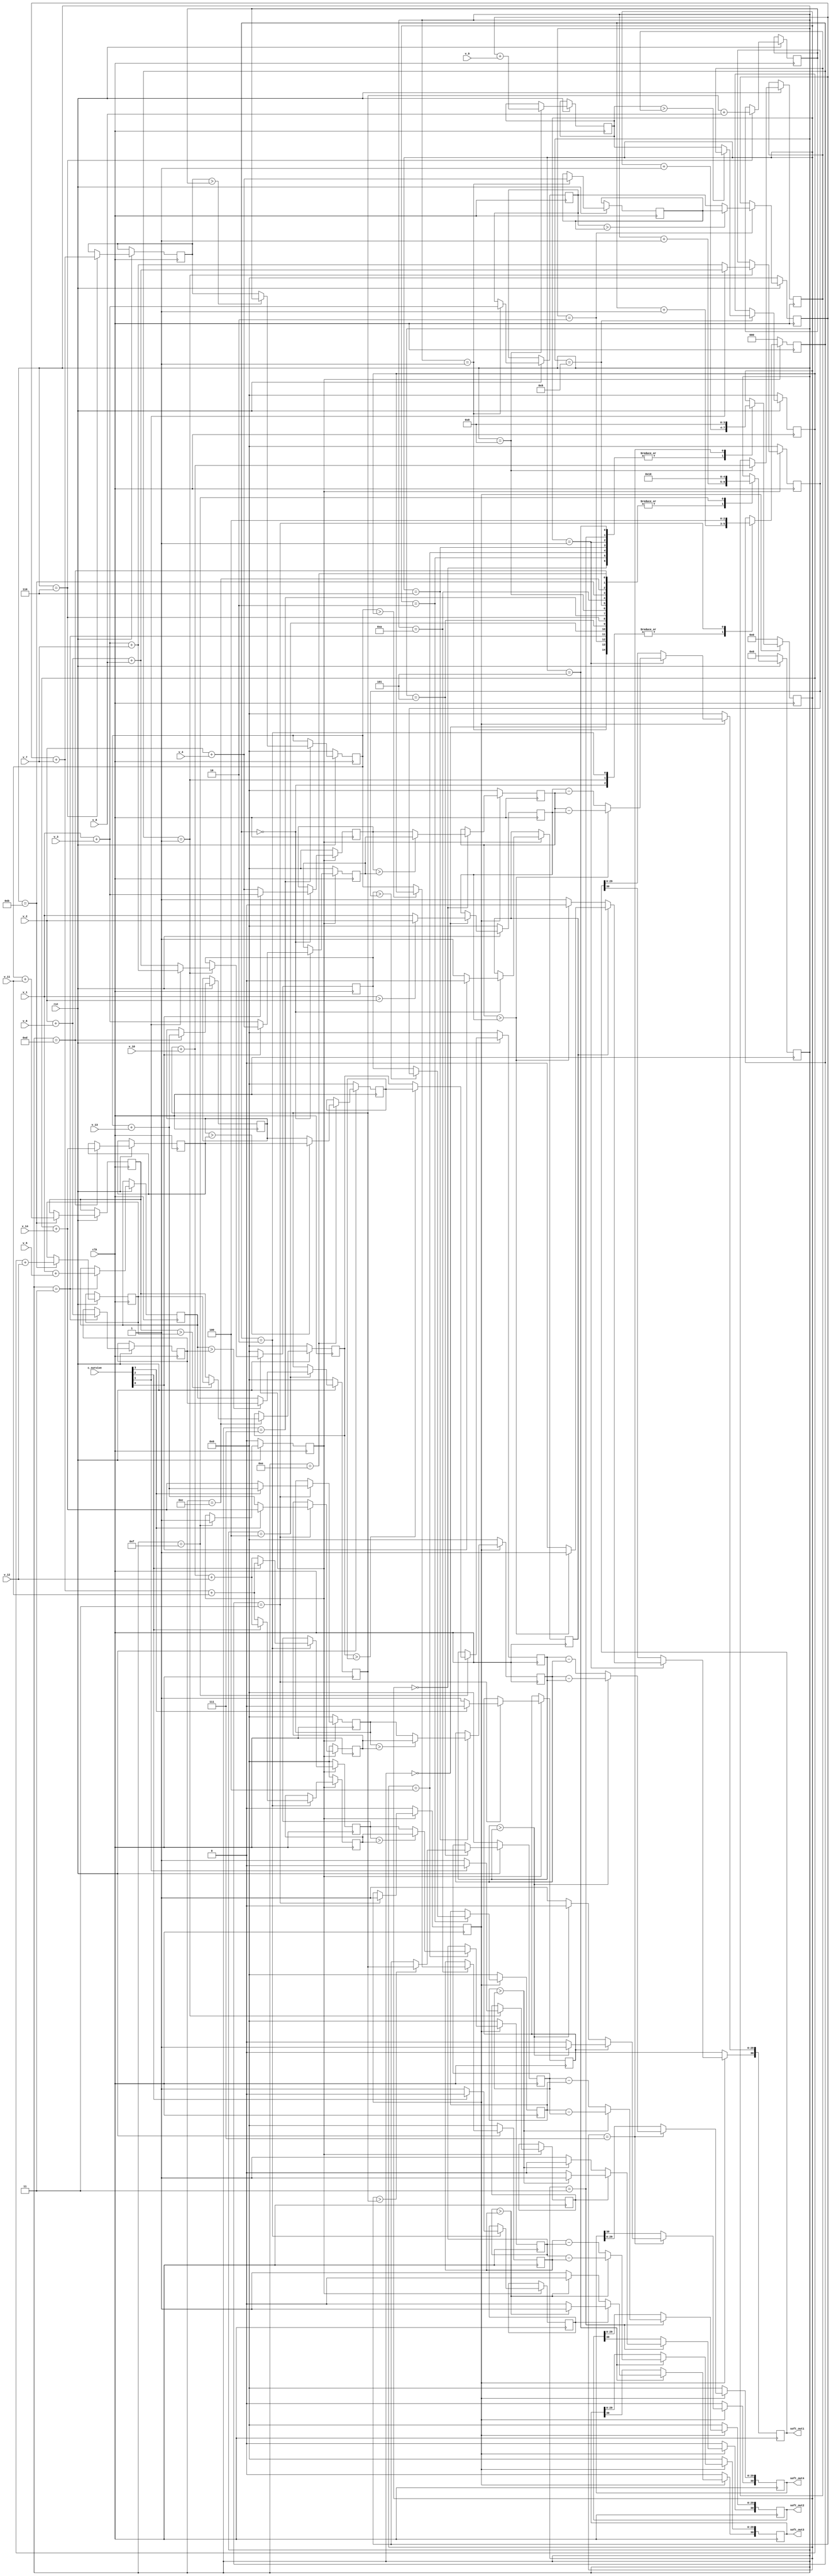
`timescale 1ns / 1ps


module soft_out(
   input clk,
	input rst,
	input[3:0] c_survive,
	input[29:0] v_1, 
	input[29:0] v_2, 
	input[29:0] v_3, 
	input[29:0] v_4, 
	input[29:0] v_5, 
	input[29:0] v_6, 
	input[29:0] v_7, 
	input[29:0] v_8, 
	input[29:0] v_9, 
	input[29:0] v_10, 
	input[29:0] v_11, 
	input[29:0] v_12, 
	input[29:0] v_13, 
	input[29:0] v_14,
	output[30:0] soft_out1,
	output[30:0] soft_out2,
	output[30:0] soft_out3,
	output[30:0] soft_out4
    );
reg[29:0] t2_0;                          //20
reg[29:0] t2_1;
reg[29:0] t3_0;
reg[29:0] t3_1;
reg[29:0] t4_0;
reg[29:0] t4_1;
reg[29:0] t1_compete1;                   //1t0
reg[29:0] t1_compete2;                   //2t1
reg[29:0] t2_compete1;
reg[29:0] t2_compete2;
reg[29:0] t3_compete1;
reg[29:0] t3_compete2;
reg[29:0] t4_compete1;
reg[29:0] t4_compete2;
reg[29:0] u10;                            //t1
reg[29:0] u11;                            //t1
reg[29:0] u20;
reg[29:0] u21;
reg[29:0] u30;
reg[29:0] u31;
reg[29:0] u40;
reg[29:0] u41;
reg[29:0] t2_t1;
reg[29:0] t2_t2;
reg[29:0] t2_t3;
reg[29:0] t2_t4;
reg[29:0] t3_t1;
reg[29:0] t3_t2;
reg[29:0] t3_t3;
reg[29:0] t3_t4;
reg[29:0] t4_t1;
reg[29:0] t4_t2;
reg[29:0] t4_t3;
reg[29:0] t4_t4;

reg[4:0] cnt_r;
reg[2:0] cnt_lu;
reg[3:0] cnt_soft;
reg ready;
reg mr;
reg m_compete1;                   //
reg m_compete2; 
reg m_compete3; 
reg m_compete4; 

reg[30:0] soft1;
reg[30:0] soft2;
reg[30:0] soft3;
reg[30:0] soft4;
assign soft_out1 = soft1;
assign soft_out2 = soft2;
assign soft_out3 = soft3;
assign soft_out4 = soft4;

//-----------------------------
always @(posedge clk)
begin
 if(!rst)
  begin
   t2_0<=0;
   t2_1<=0;
   t3_0<=0;
   t3_1<=0;
   t4_0<=0;
   t4_1<=0;
	u11<=0;
	u21<=0;
	u31<=0;
	u41<=0;
	cnt_r<=0;
	ready<=0;
  end
 else
  begin
	case(cnt_r)
	 0: begin
	     if(v_1>v_2)
		   begin
			 u11<=v_2;
			end
		  else
		   begin
			 u11<=v_1;
			end
			cnt_r<=cnt_r+1;
		end
	1: begin                  //t20
	     t2_t1<=v_1+v_3;
		  t2_t2<=v_2+v_4;
		  cnt_r<=cnt_r+1;
		end
	2: begin
	    if(t2_t1>t2_t2)
		   begin
			 t2_0<=t2_t2;
			end
		  else
		   begin
			 t2_0<=t2_t1;
			end
			cnt_r<=cnt_r+1;
		end
	3: begin               //t21
	    t2_t3<=v_1+v_5;
		 t2_t4<=v_2+v_6;
		 cnt_r<=cnt_r+1;
		end
	4: begin
	    if(t2_t3>t2_t4)
		  begin
		   t2_1<=t2_t4;
		  end
		 else
		  begin
		   t2_1<=t2_t3;
		  end
		  cnt_r<=cnt_r+1;
		end
	5: begin              //t2
	    if(t2_0>t2_1)
		  begin
		   u21<=t2_1;
		  end
		 else
		  begin
		   u21<=t2_0;
		  end
		  cnt_r<=cnt_r+1;
	   end
	6: begin                //t30,t2
	    t3_t1<=t2_0+v_7;
		 t3_t2<=t2_1+v_8;
		 cnt_r<=cnt_r+1;
		end
	7: begin
	    if(t3_t1>t3_t2)
		  begin
		   t3_0<=t3_t2;
		  end
		 else
		  begin
		   t3_0<=t3_t1;
		  end
		  cnt_r<=cnt_r+1;
		end
	8: begin                //t31
	    t3_t3<=t2_0+v_9;
		 t3_t4<=t2_1+v_10;
		 cnt_r<=cnt_r+1;
		end
	9: begin
	     if(t3_t3>t3_t4)
		  begin
		   t3_1<=t3_t4;
		  end
		 else
		  begin
		   t3_1<=t3_t3;
		  end
		  cnt_r<=cnt_r+1;
		end
  10: begin                    //t3
	    if(t3_0>t3_1)
		  begin
		   u31<=t3_1;
		  end
		 else
		  begin
		   u31<=t3_0;
		  end
		  cnt_r<=cnt_r+1;
		end
  11: begin
	    t4_t1<=t3_0+v_11;
	    t4_t2<=t3_1+v_12;
		 cnt_r<=cnt_r+1;
		end
  12: begin
       if(t4_t1>t4_t2)
		  begin
		   t4_0<=t4_t2;
		  end
		 else
		  begin
		   t4_0<=t4_t1;
		  end
		  cnt_r<=cnt_r+1;
		end
  13: begin
	    t4_t3<=t3_0+v_13;
	    t4_t4<=t3_1+v_14;
		 cnt_r<=cnt_r+1;
		end
  14: begin
       if(t4_t3>t4_t4)
		  begin
		   t4_1<=t4_t4;
		  end
		 else
		  begin
		   t4_1<=t4_t3;
		  end
		  cnt_r<=cnt_r+1;
		end
	15: begin
	    if(t4_0>t4_1)
		  begin
		   u41<=t4_1;
			ready<=1;
		  end
		 else
		  begin
		   u41<=t4_0;
			ready<=1;
		  end
		  cnt_r<=16;
	   end
	endcase
  end
end

//-----------------------------
always @(posedge clk)
begin
 if(!ready)
  begin
   cnt_lu<=0;
	t1_compete1<=0;
	t1_compete2<=0;
	t2_compete1<=0;
	t2_compete2<=0;
	t3_compete1<=0;
	t3_compete2<=0;
	t4_compete1<=0;
	t4_compete2<=0;
	mr<=0;
  end
 else
  begin
	case(cnt_lu)
	 0: begin
	     if(c_survive[0]==1)             //t=11 
		   begin
		    m_compete1<=0;                   //0
			 t1_compete1<=v_1+v_3;
			 t1_compete2<=v_2+v_4;
			end
		  else
		   begin                          //t=10
			 m_compete1<=1;                  //1
			 t1_compete1<=v_2+v_4;
			 t1_compete2<=v_1+v_3;
			end
			cnt_lu<=cnt_lu+1;
		end
	1: begin
	    if(c_survive[1]==1)
		  begin
		   m_compete2<=0;
			t2_compete1<=v_1+v_3+v_7;
			t2_compete2<=v_2+v_6+v_8;
		  end
		 else
		  begin
		   m_compete2<=1;
			t2_compete1<=v_2+v_6+v_8;
			t2_compete2<=v_1+v_3+v_7;
		  end
		  cnt_lu<=cnt_lu+1;
		end
	2: begin
	    if(c_survive[2]==1)
		  begin
		   m_compete3<=0;
			t3_compete1<=t2_0+v_7+v_11;
			t3_compete2<=t2_1+v_10+v_12;
		  end
		 else
		  begin
		   m_compete3<=1;
			t3_compete1<=t2_1+v_10+v_12;
			t3_compete2<=t2_0+v_7+v_11;
		  end
		  cnt_lu<=cnt_lu+1;
		end
	3: begin
	    if(c_survive[3]==1)
		  begin
		   m_compete4<=0;
			t4_compete1<=t3_0+v_13;
			t4_compete2<=t3_1+v_14;
			mr<=1;
		  end
		 else
		  begin
		   m_compete4<=1;
			t4_compete1<=t3_1+v_14;
			t4_compete2<=t3_0+v_13;
			mr<=1;
		  end
		  cnt_lu<=4;
		end
	endcase
  end
end
//----------------------
always @(posedge clk)
 begin
  if(!mr)
   begin
	 cnt_soft<=0;
	 u10<=0;
	 u20<=0;
	 u30<=0;
	 u40<=0;
	 soft1<=0;
	 soft2<=0;
	 soft3<=0;
	 soft4<=0;
	end
  else
   begin
	case(cnt_soft)
	0: begin
	    if(t1_compete1>t1_compete2)   //
	     begin
	      u10<=t1_compete2;
		  end
		 else
		  begin
		   u10<=t1_compete1;
		  end
		  cnt_soft<=cnt_soft+1;
		end
	1: begin
	     if(m_compete1==0)              //01
		   begin
			 if(u10>u11)
			   begin
				 soft1[30]<=0;              //3010
		       soft1[29:0]<=u10-u11;
				end
			  else
			   begin
				soft1[30]<=1;
				soft1[29:0]<=u11-u10;       //
			   end
	      end
		  else
		   begin
			 if(u10>u11)
			   begin
				 soft1[30]<=1;
		       soft1[29:0]<=u10-u11;
				end
			  else
			   begin
				soft1[30]<=0;
				soft1[29:0]<=u11-u10;
			   end
			end
		  cnt_soft<=cnt_soft+1;
		end
	2: begin
	    if(t2_compete1>t2_compete2)
		  begin
		   u20<=t2_compete2;
		  end
		 else
		  begin
		   u20<=t2_compete1;
		  end
		 cnt_soft<=cnt_soft+1;
		end
	3: begin
	    if(m_compete2==0)
		  begin
		   if(u20>u21)
			   begin
				 soft2[30]<=0;
		       soft2[29:0]<=u20-u21;
				end
			  else
			   begin
				soft2[30]<=1;
				soft2[29:0]<=u21-u20;
			   end
		  end
		 else
		  begin
		   if(u20>u21)
			   begin
				 soft2[30]<=1;
		       soft2[29:0]<=u20-u21;
				end
			  else
			   begin
				soft2[30]<=0;
				soft2[29:0]<=u21-u20;
			   end
		  end
		  cnt_soft<=cnt_soft+1;
		end
	4: begin
	    if(t3_compete1>t3_compete2)
		  begin
		   u30<=t3_compete2;
		  end
		 else
		  begin
		   u30<=t3_compete1;
		  end
		  cnt_soft<=cnt_soft+1;
		end
	5: begin
	    if(m_compete3==0)
		  begin
		   if(u30>u31)
			   begin
				 soft3[30]<=0;
		       soft3[29:0]<=u30-u31;
				end
			  else
			   begin
				soft3[30]<=1;
				soft3[29:0]<=u31-u30;
			   end
		  end
		 else
		  begin
		   if(u30>u31)
			   begin
				 soft3[30]<=1;
		       soft3[29:0]<=u30-u31;
				end
			  else
			   begin
				soft3[30]<=0;
				soft3[29:0]<=u31-u30;
			   end
		  end
		 cnt_soft<=cnt_soft+1;
		end
	6: begin
	    if(t4_compete1>t4_compete2)
		  begin
		   u40<=t4_compete2;
		  end
		 else
		  begin
		   u40<=t4_compete1;
		  end
		 cnt_soft<=cnt_soft+1;
		end
	7: begin
	    if(m_compete4==0)
		  begin
		   if(u40>u41)
			   begin
				 soft4[30]<=0;
		       soft4[29:0]<=u40-u41;
				end
			  else
			   begin
				soft4[30]<=1;
				soft4[29:0]<=u41-u40;
			   end
		  end
		 else
		  begin
		   if(u40>u41)
			   begin
				 soft4[30]<=1;
		       soft4[29:0]<=u40-u41;
				end
			  else
			   begin
				soft4[30]<=0;
				soft4[29:0]<=u41-u40;
			   end
		  end
		 cnt_soft<=8;
		end
	endcase
  end
end
	 
endmodule